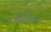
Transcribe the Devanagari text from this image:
शक्तिंच्या